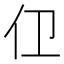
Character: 𱎞